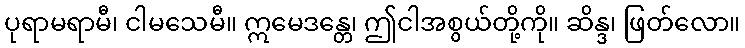
ပုရာမရာမီ၊ ငါမသေမီ။ ဣမေဒန္တေ၊ ဤငါအစွယ်တို့ကို။ ဆိန္ဒ၊ ဖြတ်လော။